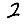
Digit: 2